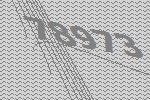
78973